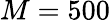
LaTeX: M=500